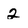
Character: 2